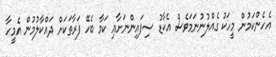
އެހެންކަމުން މީހަކު ގެއްލުނުނަމަވެސް އެކާޑު ސިފައިންނަށާއި ކަމާ ބެހޭ ފަރާތަކަށް ދައްކާލުމުން އެމީހާ